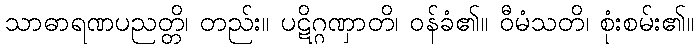
သာဓာရဏပညတ္တိ၊ တည်း။ ပဋိဂ္ဂဏှာတိ၊ ဝန်ခံ၏။ ဝီမံသတိ၊ စုံးစမ်း၏။